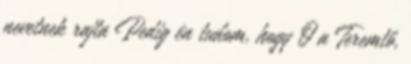
nevetnek rajta Pedig én tudom, hogy Ő a Teremtő,